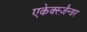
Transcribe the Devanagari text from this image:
एकेक्स्ज़ैन्डर